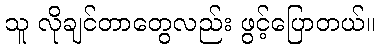
သူ လိုချင်တာတွေလည်း ဖွင့်ပြောတယ်။